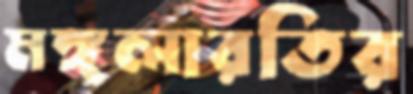
মঙ্গলারতির